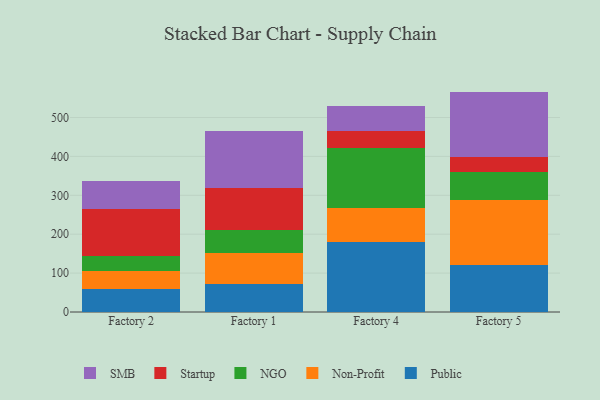
{"axis": {"x": "Factory", "y": "Bounce Rate (%)"}, "legend": ["NGO", "Non-Profit", "Public", "SMB", "Startup"], "data": [{"x": "Factory 2", "y": 59.6, "type": "Public"}, {"x": "Factory 2", "y": 45.2, "type": "Non-Profit"}, {"x": "Factory 2", "y": 39.5, "type": "NGO"}, {"x": "Factory 2", "y": 121.5, "type": "Startup"}, {"x": "Factory 2", "y": 70.3, "type": "SMB"}, {"x": "Factory 1", "y": 71.1, "type": "Public"}, {"x": "Factory 1", "y": 80.5, "type": "Non-Profit"}, {"x": "Factory 1", "y": 58.7, "type": "NGO"}, {"x": "Factory 1", "y": 107.4, "type": "Startup"}, {"x": "Factory 1", "y": 146.7, "type": "SMB"}, {"x": "Factory 4", "y": 179.1, "type": "Public"}, {"x": "Factory 4", "y": 89.2, "type": "Non-Profit"}, {"x": "Factory 4", "y": 154.4, "type": "NGO"}, {"x": "Factory 4", "y": 42.7, "type": "Startup"}, {"x": "Factory 4", "y": 64.3, "type": "SMB"}, {"x": "Factory 5", "y": 121.4, "type": "Public"}, {"x": "Factory 5", "y": 166.3, "type": "Non-Profit"}, {"x": "Factory 5", "y": 73.5, "type": "NGO"}, {"x": "Factory 5", "y": 36.7, "type": "Startup"}, {"x": "Factory 5", "y": 168.7, "type": "SMB"}]}